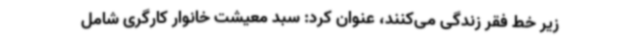
زیر خط فقر زندگی می‌کنند، عنوان کرد: سبد معیشت خانوار کارگری شامل